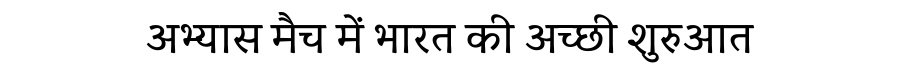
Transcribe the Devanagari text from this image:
अभ्यास मैच में भारत की अच्छी शुरुआत